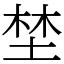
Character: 埜